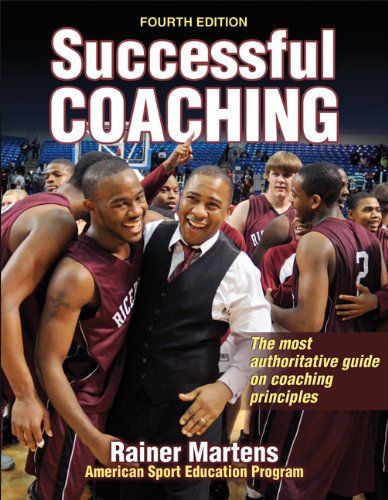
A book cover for Successful Coaching-4th Edition; Rainer Martens; Sports & Outdoors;